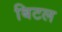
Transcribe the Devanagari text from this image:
बिटल